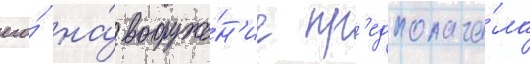
его́ на́ вооруже́н'ие пр'едполага́ла